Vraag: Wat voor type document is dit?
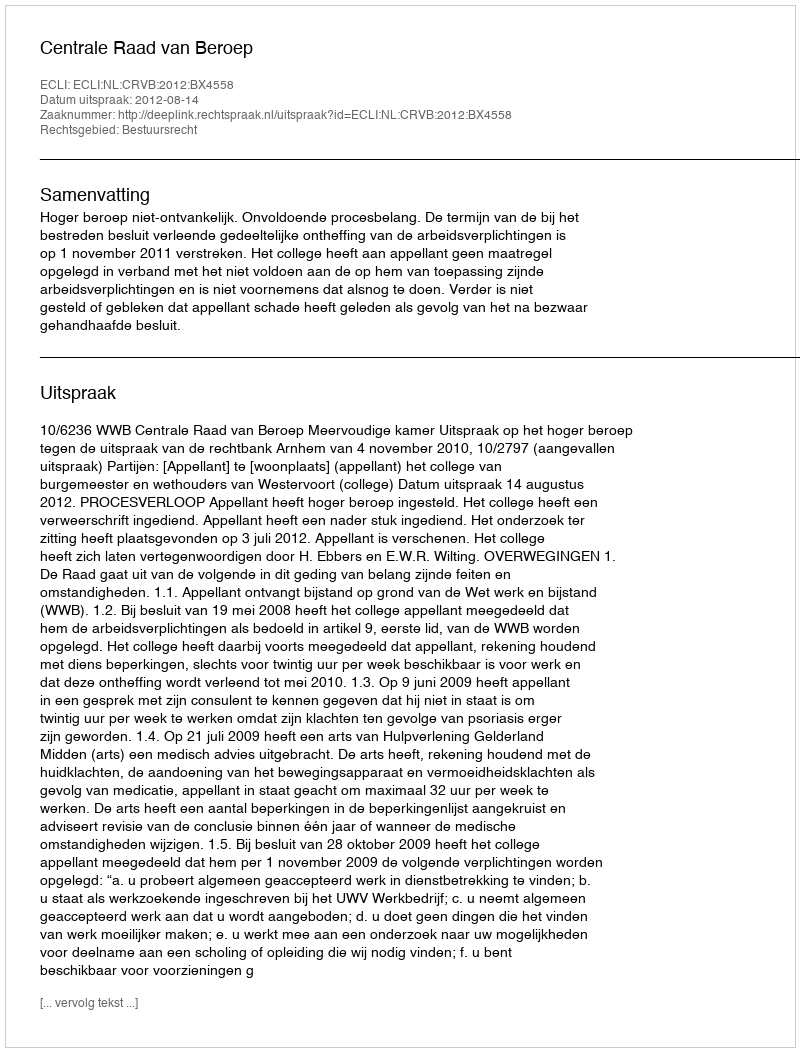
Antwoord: Uitspraak